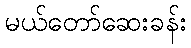
မယ်တော်ဆေးခန်း